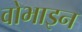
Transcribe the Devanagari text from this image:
वोभाइन